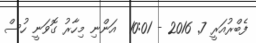
ފެބްރުއަރީ 7